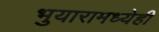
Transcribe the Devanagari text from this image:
भुयारामध्येही